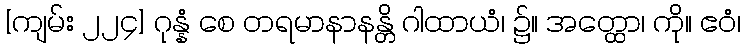
[ကျမ်း ၂၂၄] ဂုန္နံ စေ တရမာနာနန္တိ ဂါထာယံ၊ ၌။ အတ္ထော၊ ကို။ ဧဝံ၊